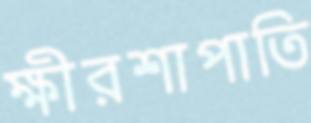
ক্ষীরশাপাতি